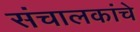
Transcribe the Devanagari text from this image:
संचालकांचे